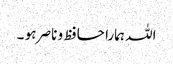
اللہ ہمارا حافظ و ناصر ہو ۔